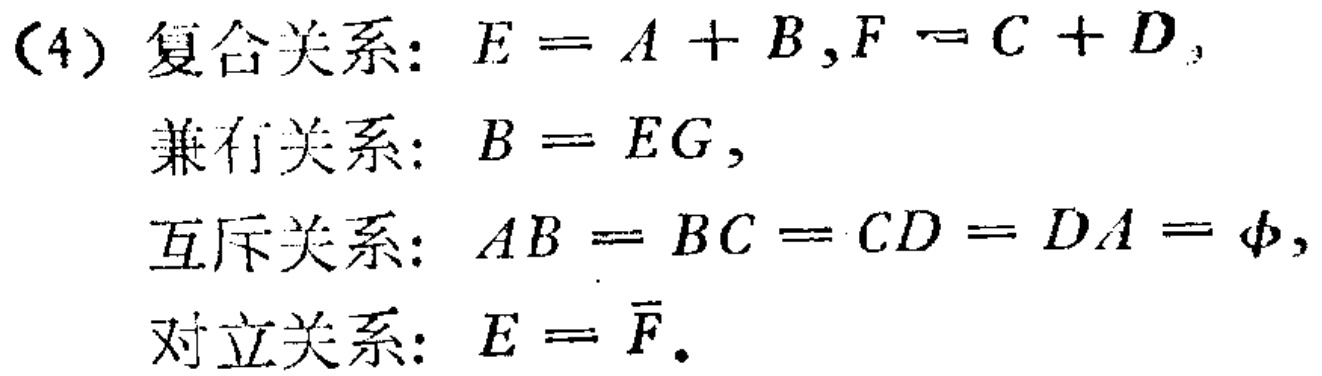
(4) 复合关系: \(E = A + B,F = C + D,\)

兼有关系: \(B = EG,\)

互斥关系: \(AB = BC = CD = DA = \varnothing,\)

对立关系: \(E = \overline{F}.\)